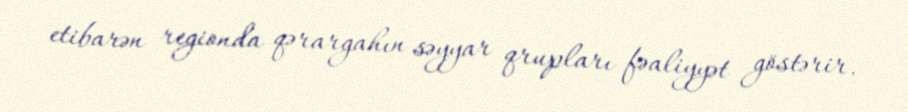
etibarən regionda qərargahın səyyar qrupları fəaliyyət göstərir.